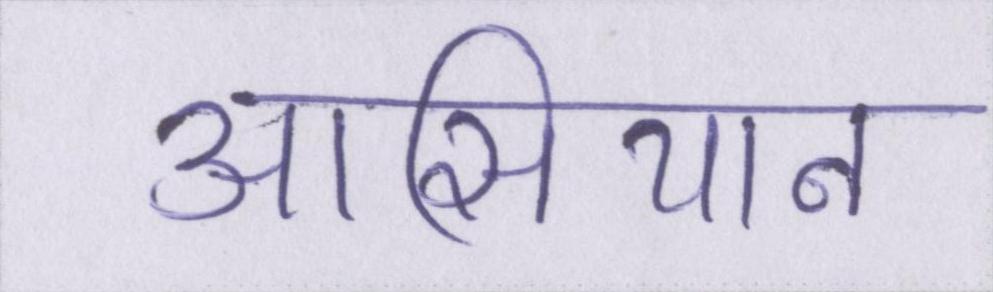
आसियान